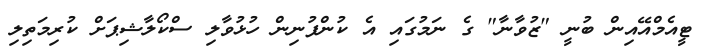
ޓީއެމްއޭއިން ބުނީ "ޒުވާނާ" ގެ ނަމުގައި އެ ކުންފުނިން ހުޅުވާލި ސްކޯލާޝިޕަށް ކުރިމަތިލި